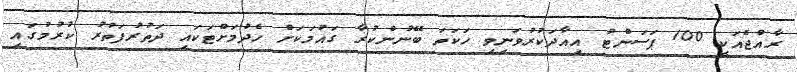
ރާއްޖެއަކީ 100 ޕަސަންޓު އިއާދަކުރުވަނިވި ހަކަތަ ބޭނުންކުރާ ގައުމަކަށް ހެދުމަށްޓަކައި ދަތުރުފަތުރު ކުރުމުގައި